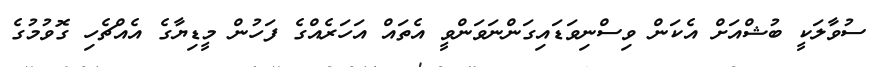
ސުވާލަކީ ބުޝްއަށް އެކަން ވިސްނިވަޑައިގަންނަވަންވީ އެތައް އަހަރެއްގެ ފަހުން މީޑިޔާގެ އެއްޗެހި ގޮވުމުގެ